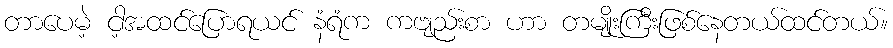
တာပေမဲ့ ငါ့အထင်ပြောရယင် နံရံက ကဗျည်းစာ ဟာ တမျိုးကြီးဖြစ်နေတယ်ထင်တယ်။